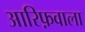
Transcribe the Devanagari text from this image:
आरिफ़वाला